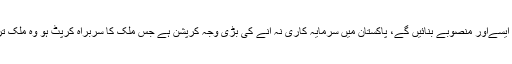
پُرفضا مقامات میں ایسےاور منصوبے بنائیں گے، پاکستان میں سرمایہ کاری نہ آنے کی بڑی وجہ کرپشن ہے جس ملک کا سربراہ کرپٹ ہو وہ ملک ترقی نہیں کر سکتا ۔